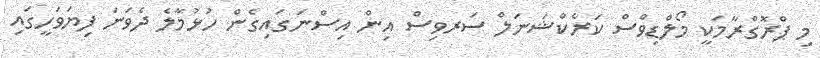
މި ޕްރޮގްރާމަކީ މޯލްޑިވްސް ކަރެކްޝަނަލް ސަރވިސް އިން އިސްނަގައިގެން ހުޅުމާލެ ދެވަނަ ފިޔަވަހީގައި